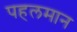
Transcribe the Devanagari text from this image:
पहलमान